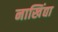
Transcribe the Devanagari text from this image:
नाखिंद्या